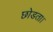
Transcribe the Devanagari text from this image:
छोडता।